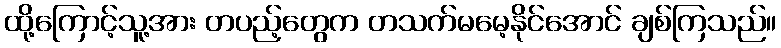
ထို့ကြောင့်သူ့အား တပည့်တွေက တသက်မမေ့နိုင်အောင် ချစ်ကြသည်။